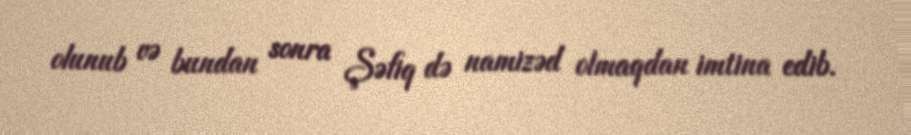
olunub və bundan sonra Şəfiq də namizəd olmaqdan imtina edib.